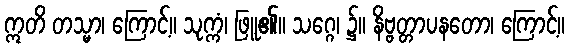
ဣတိ တသ္မာ၊ ကြောင့်။ သုက္ကံ၊ ဖြူ၏။ သဂ္ဂေ၊ ၌။ နိဗ္ဗတ္တာပနတော၊ ကြောင့်။